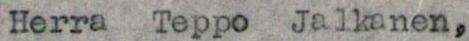
Herra Teppo Jalkanen,